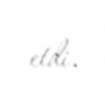
etdi.